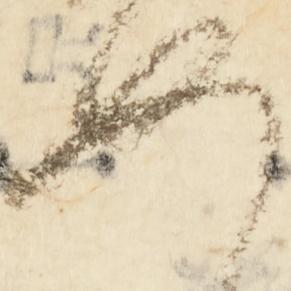
如